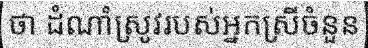
ថា ដំណាំស្រូវរបស់អ្នកស្រីចំនួន